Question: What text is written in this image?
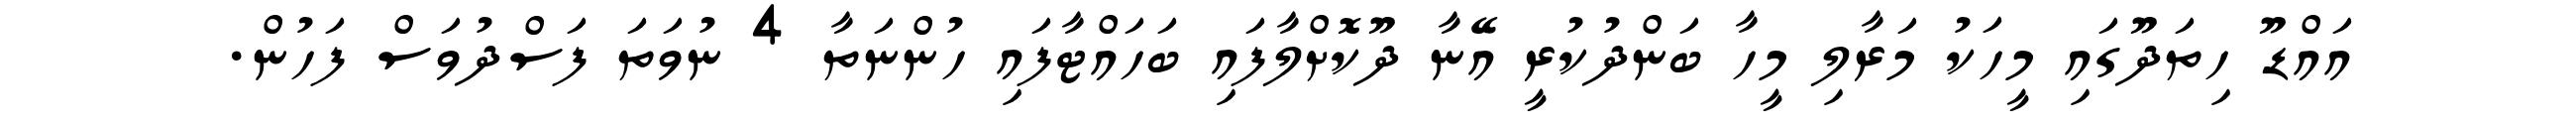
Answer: އައްޑޫ ހިތަދޫގައި މީހަކު މަރާލި މީހާ ބަންދުކުރީ އޭނާ ދޫކޮށްލާފައި ބަހައްޓާފައި ހުންނަތާ 4 ނުވަތަ ފަސްދުވަސް ފަހުން.